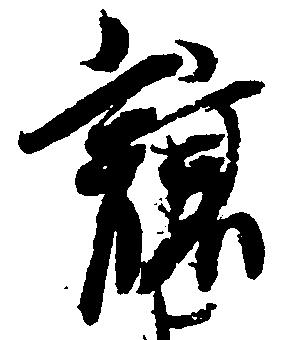
譲